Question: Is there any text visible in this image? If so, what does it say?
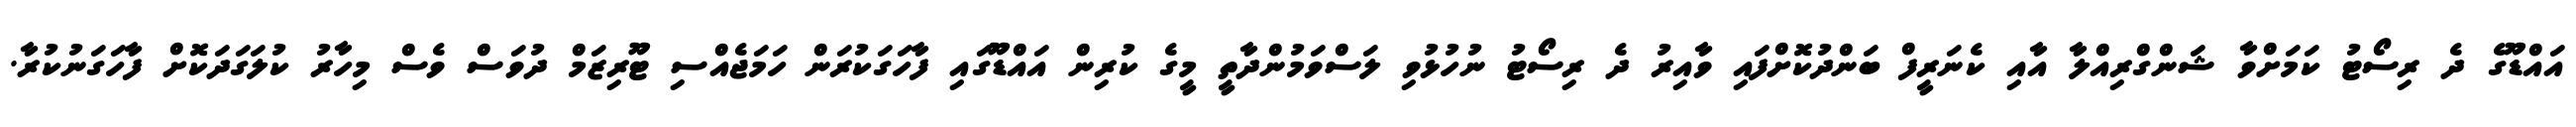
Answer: އައްޑޫގެ ދެ ރިސޯޓު ކަމަށްވާ ޝަންގްރިއްލާ އާއި ކެނަރީފް ބަންދުކޮށްފައި ވާއިރު ދެ ރިސޯޓު ނުހުޅުވި ލަސްވަމުންދާތީ މީގެ ކުރިން އައްޑޫގައި ފާހަގަކުރަން ހަމަޖެއްސި ޓޫރިޒަމް ދުވަސް ވެސް މިހާރު ކުލަގަދަކޮށް ފާހަގަނުކުރާ.